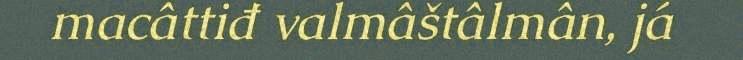
macâttiđ valmâštâlmân, já